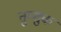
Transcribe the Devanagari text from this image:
तुम्शुक